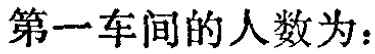
第一车间的人数为：